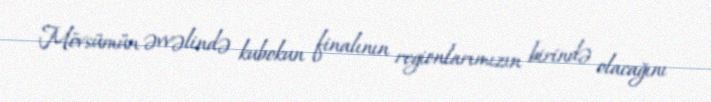
Mövsümün əvvəlində kubokun finalının regionlarımızın birində olacağını